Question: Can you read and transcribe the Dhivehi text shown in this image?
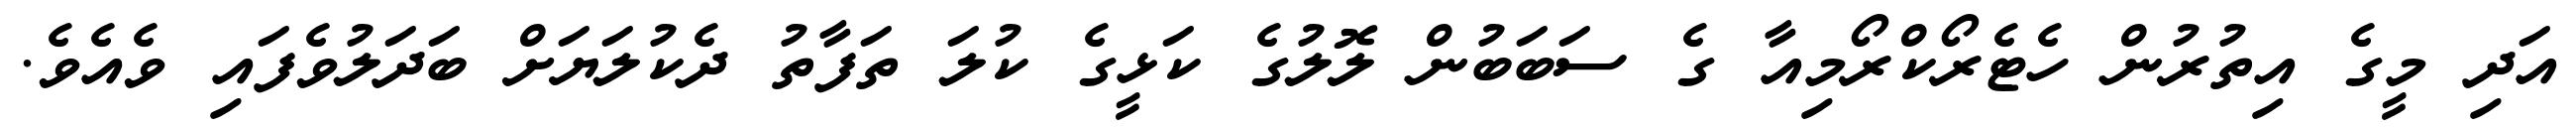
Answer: އަދި މީގެ އިތުރުން ހެޓެރޯކްރޯމިއާ ގެ ސަބަބުން ލޮލުގެ ކަޅީގެ ކުލަ ތަފާތު ދެކުލަޔަށް ބަދަލުވެފައި ވެއެވެ.